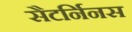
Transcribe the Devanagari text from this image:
सैटर्निनस